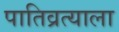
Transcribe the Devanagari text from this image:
पातिव्रत्याला